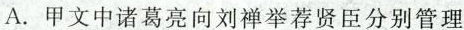
A.甲文中诸葛亮向刘禅举荐贤臣分别管理